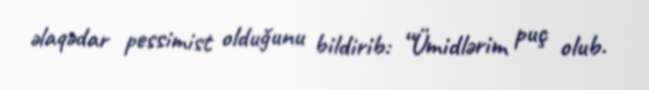
əlaqədar pessimist olduğunu bildirib: “Ümidlərim puç olub.